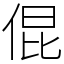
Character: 倱